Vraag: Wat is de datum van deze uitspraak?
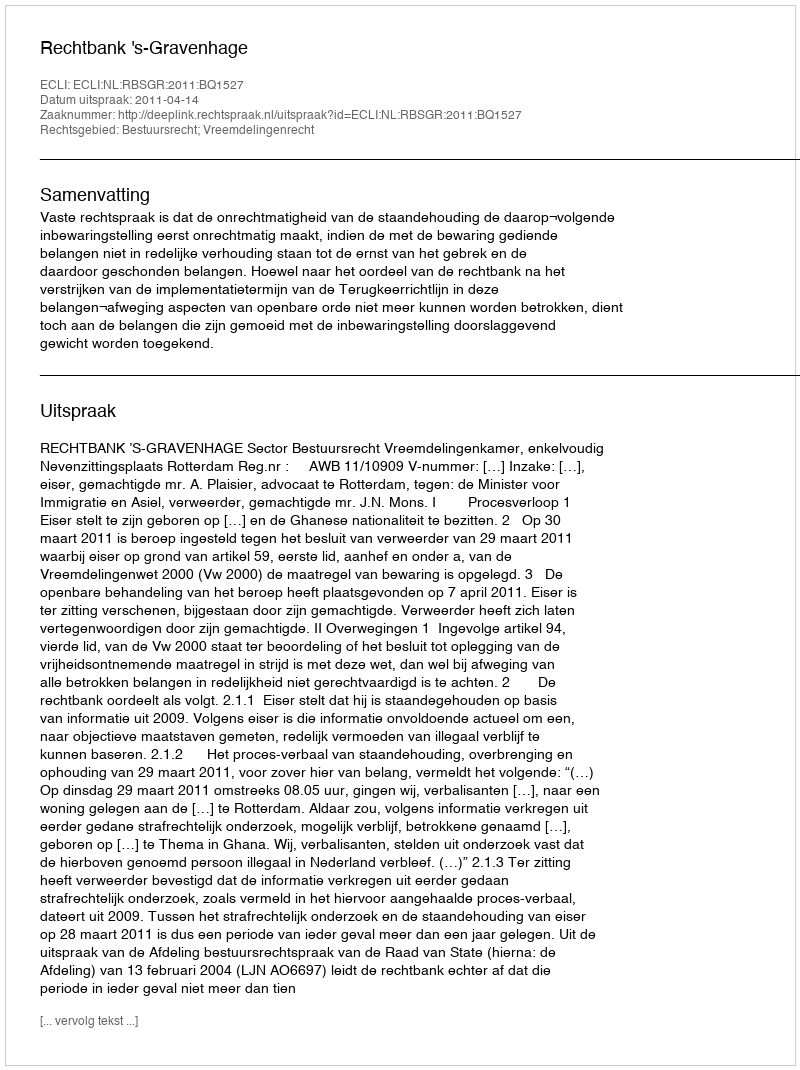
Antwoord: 2011-04-14